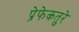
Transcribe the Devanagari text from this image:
प्रेफेकतुरे